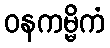
ဝနကမ္မိကံ